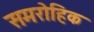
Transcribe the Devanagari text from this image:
समरोहिक